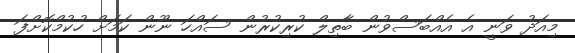
މިއަދު ވަނީ އެ އެއްބަސްވުން ބާތިލް ކުރިކުރުން ސައްހަ ނޫން ކަމަށް ހުކުމްކޮށްފަ